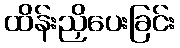
ထိန်းညှိပေးခြင်း